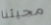
مجيئنا